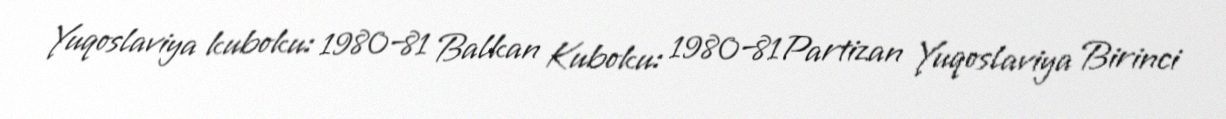
Yuqoslaviya kuboku: 1980–81 Balkan Kuboku: 1980–81Partizan Yuqoslaviya Birinci